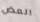
العض